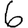
Digit: 6